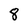
Character: 8